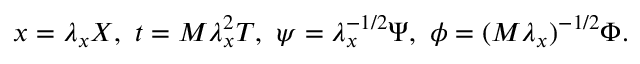
x = \lambda _ { x } X , \ t = M \lambda _ { x } ^ { 2 } T , \ \psi = \lambda _ { x } ^ { - 1 / 2 } \Psi , \ \phi = ( M \lambda _ { x } ) ^ { - 1 / 2 } \Phi .